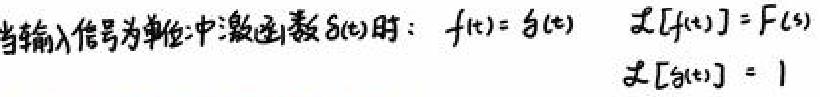
当输入信号为单位冲激函数$\delta(t)$时：$f(t)=\delta(t)$ $\mathcal{L}[f(t)] = F(s)$ $\mathcal{L}[\delta(t)] = 1$